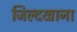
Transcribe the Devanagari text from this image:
जिल्दखाना